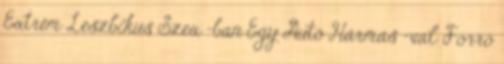
Extrém Leszbikus Szex -ban Egy Autó Hármas -val Forró